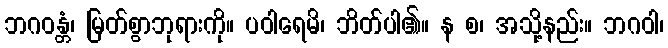
ဘဂဝန္တံ၊ မြတ်စွာဘုရားကို။ ပဝါရေမိ၊ ဘိတ်ပါ၏။ န စ၊ အသို့နည်း။ ဘဂဝါ၊